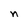
Character: n